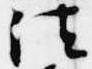
法